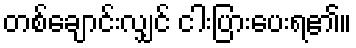
တစ်ချောင်းလျှင် ငါးပြားပေးရ၏။